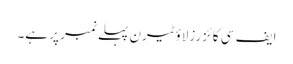
ایف سی کائزرزلاؤٹیرن پہلے نمبر پر ہے۔